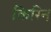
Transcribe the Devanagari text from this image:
किरिन